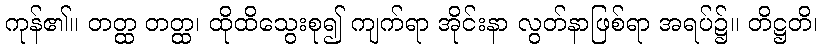
ကုန်၏။ တတ္ထ တတ္ထ၊ ထိုထိသွေးစု၍ ကျက်ရာ အိုင်းနာ လွတ်နာဖြစ်ရာ အရပ်၌။ တိဋ္ဌတိ၊